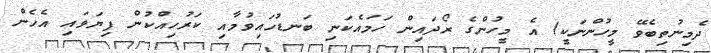
ދެމިނުތިބެވޭ މީހުންނަކީ) އެ މީހުންގެ ރޯދައިން ހަމައެކަނި ބަނޑުހައިވުމާއި ކަރުހިއްކުން ފިޔަވައި އެހެން